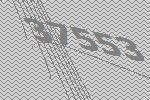
37553